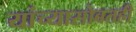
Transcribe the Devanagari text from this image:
यांच्यासोबतही